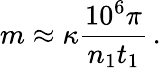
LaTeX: m\approx\kappa\frac{10^{6}\pi}{n_{1}t_{1}}\, .